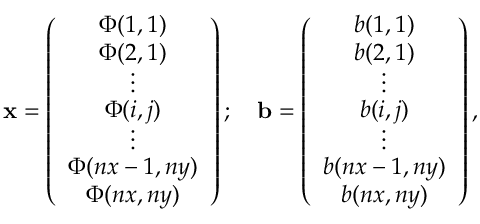
\mathbf { x } = \left( \begin{array} { c } { \Phi ( 1 , 1 ) } \\ { \Phi ( 2 , 1 ) } \\ { \vdots } \\ { \Phi ( i , j ) } \\ { \vdots } \\ { \Phi ( n x - 1 , n y ) } \\ { \Phi ( n x , n y ) } \end{array} \right) ; \quad \mathbf { b } = \left( \begin{array} { c } { b ( 1 , 1 ) } \\ { b ( 2 , 1 ) } \\ { \vdots } \\ { b ( i , j ) } \\ { \vdots } \\ { b ( n x - 1 , n y ) } \\ { b ( n x , n y ) } \end{array} \right) ,